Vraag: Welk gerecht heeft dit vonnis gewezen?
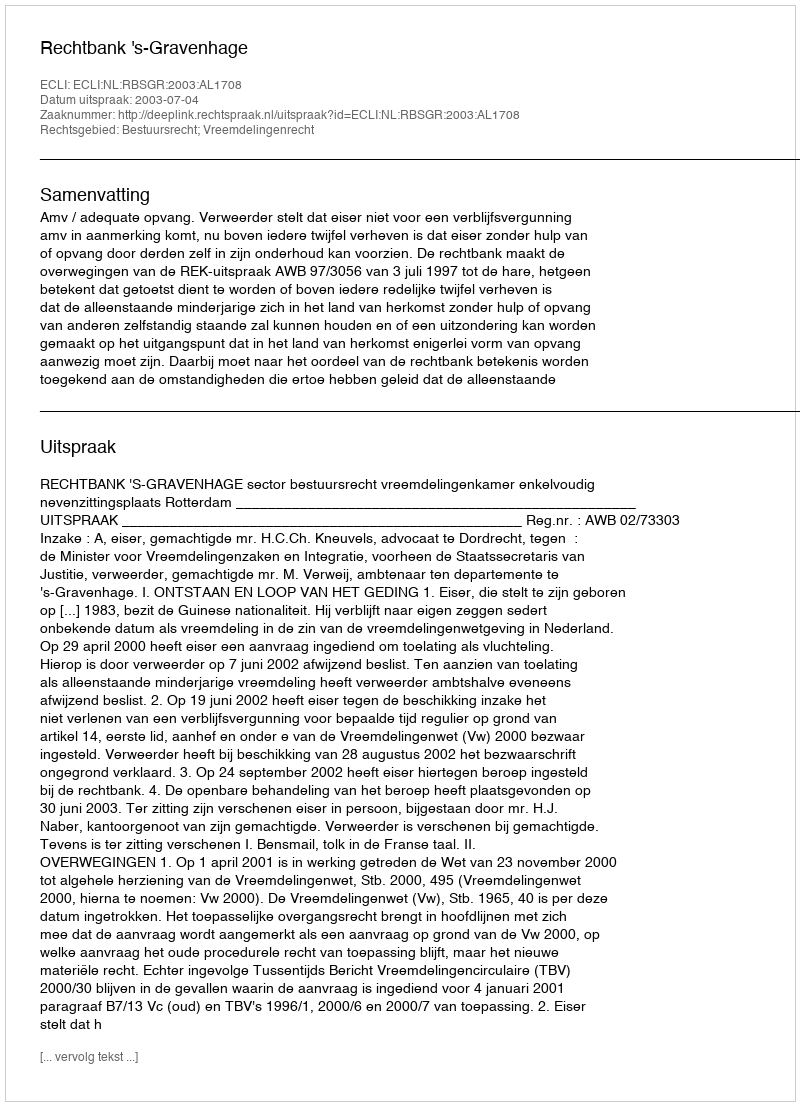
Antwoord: Rechtbank 's-Gravenhage